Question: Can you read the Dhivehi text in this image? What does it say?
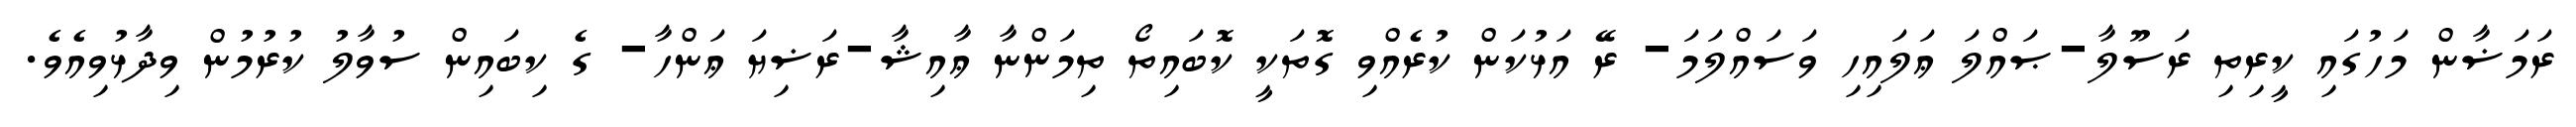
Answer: ރަމަޟާން މަހުގައި ކީރިތި ރަސޫލާ-ޞައްލަ ޢަލައިހި ވަސައްލަމަ- ރޭ އަޅުކަން ކުރެއްވި ގޮތަކީ ކޮބައިތޯ ތިމަންނާ ޢާއިޝާ-ރަޟިޔަ ޢަންހާ- ގެ ކިބައިން ސުވާލު ކުރުމުން ވިދާޅުވިއެވެ.